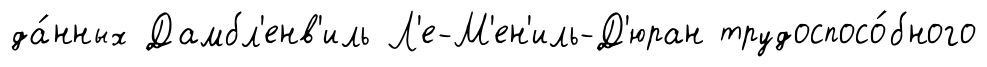
да́нных Дамбл'енв'иль Л'е-М'ен'иль-Д'юран трудоспосо́бного